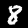
Label: 8